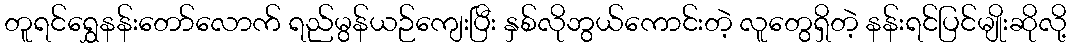
တူရင်ရွှေနန်းတော်လောက် ရည်မွန်ယဉ်ကျေးပြီး နှစ်လိုဘွယ်ကောင်းတဲ့ လူတွေရှိတဲ့ နန်းရင်ပြင်မျိုးဆိုလို့